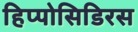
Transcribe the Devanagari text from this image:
हिप्पोसिडिरस